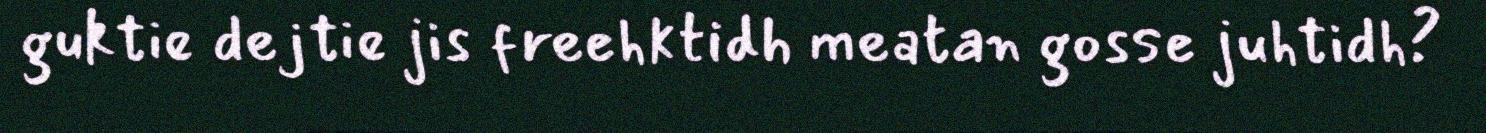
guktie dejtie jis freehktidh meatan gosse juhtidh?